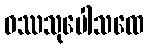
ဝဿသုပေါသထေ